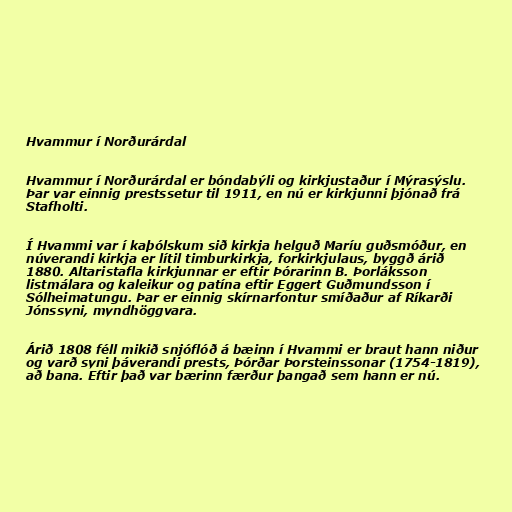
Hvammur í Norðurárdal

Hvammur í Norðurárdal er bóndabýli og kirkjustaður í Mýrasýslu.
Þar var einnig prestssetur til 1911, en nú er kirkjunni þjónað frá
Stafholti.

Í Hvammi var í kaþólskum sið kirkja helguð Maríu guðsmóður, en
núverandi kirkja er lítil timburkirkja, forkirkjulaus, byggð árið
1880. Altaristafla kirkjunnar er eftir Þórarinn B. Þorláksson
listmálara og kaleikur og patína eftir Eggert Guðmundsson í
Sólheimatungu. Þar er einnig skírnarfontur smíðaður af Ríkarði
Jónssyni, myndhöggvara.

Árið 1808 féll mikið snjóflóð á bæinn í Hvammi er braut hann niður
og varð syni þáverandi prests, Þórðar Þorsteinssonar (1754-1819),
að bana. Eftir það var bærinn færður þangað sem hann er nú.